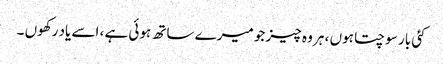
کئی بار سوچتا ہوں ، ہر وہ چیز جو میرے ساتھ ہوئی ہے ، اسے یاد رکھوں ۔